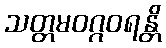
သတ္တမဝဂ္ဂဝရန္တိ